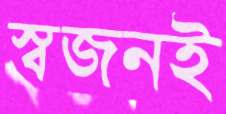
স্বজনই